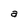
Character: a